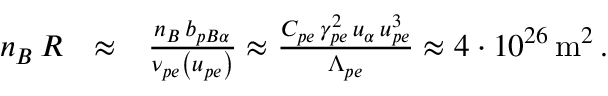
\begin{array} { r l r } { n _ { B } \, { \cal R } } & { \approx } & { \frac { n _ { B } \, b _ { p B \alpha } } { \nu _ { p e } \left( u _ { p e } \right) } \approx \frac { C _ { p e } \, \gamma _ { p e } ^ { 2 } \, u _ { \alpha } \, u _ { p e } ^ { 3 } } { \Lambda _ { p e } } \approx 4 \cdot 1 0 ^ { 2 6 } \, \mathrm { m } ^ { 2 } \, . } \end{array}